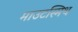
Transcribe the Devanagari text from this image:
माउटस्मिथ